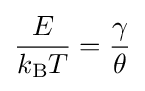
{\frac {E}{k_{\text{B}}T}}={\frac {\gamma }{\theta }}